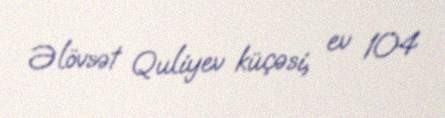
Əlövsət Quliyev küçəsi, ev 104